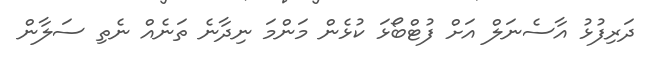
ދަރިފުޅު އާސެނަލް އަށް ފުޓްބޯޅަ ކުޅެން މަންމަ ނިދާނެ ތަނެއް ނެތި ސަލާން